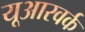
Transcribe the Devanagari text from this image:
यूआरवर्क